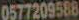
0577209588